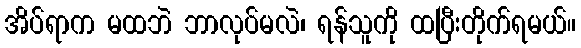
အိပ်ရာက မထဘဲ ဘာလုပ်မလဲ၊ ရန်သူကို ထပြီးတိုက်ရမယ်။